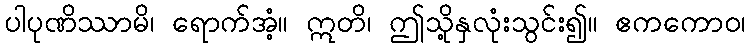
ပါပုဏိဿာမိ၊ ရောက်အံ့။ ဣတိ၊ ဤသို့နှလုံးသွင်း၍။ ဧကကောဝ၊